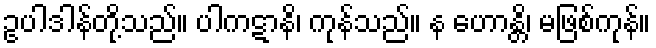
ဥပါဒါန်တို့သည်။ ပါကဋာနိ၊ ကုန်သည်။ န ဟောန္တိ၊ မဖြစ်ကုန်။